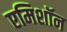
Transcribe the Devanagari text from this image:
एमिशॉन